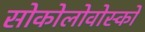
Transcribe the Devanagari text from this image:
सोकोलोवोस्को